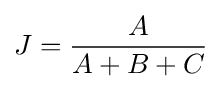
J={\frac {A}{A+B+C}}